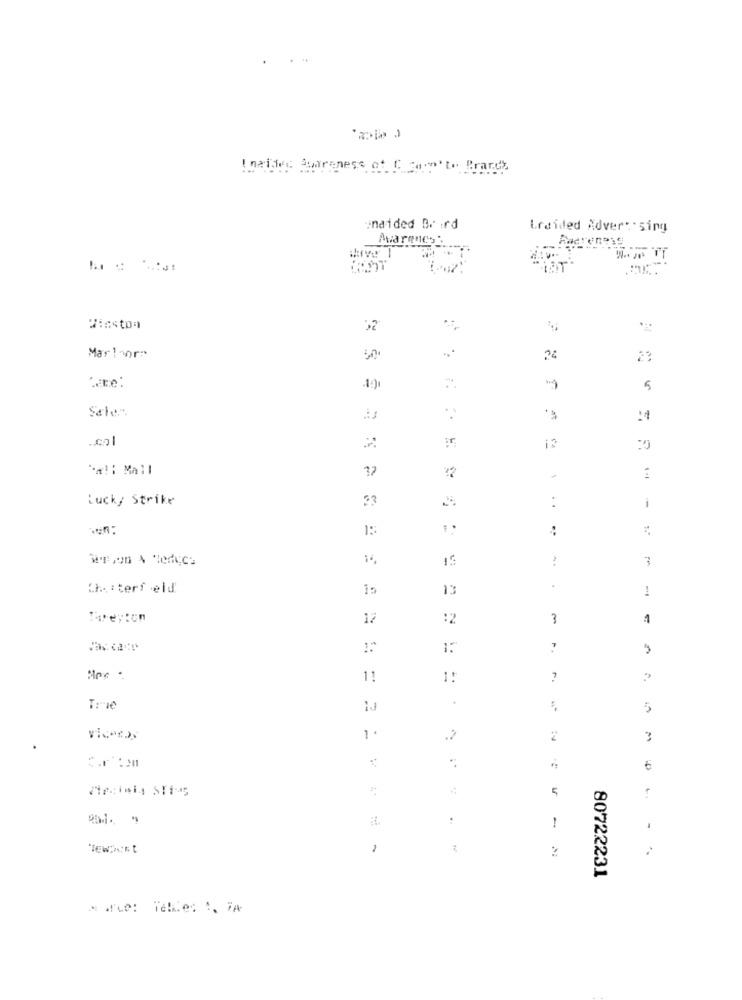
Insider Awareness of C Can'to Brand
unaided Br :rd
Lraided Adver sing
Avaries:
Winston
Martor:
50
24
23
5
Sale ..
.. col
`-al: Mall
37
22
lucky Strike
..
1
15:
15
3
Ch .: terf eld
15
13
.
1
12
:2
3
1
11
1:
?
Trie
5
VicAnos
1 .
.?
2
3
5
-
. ..
80722231